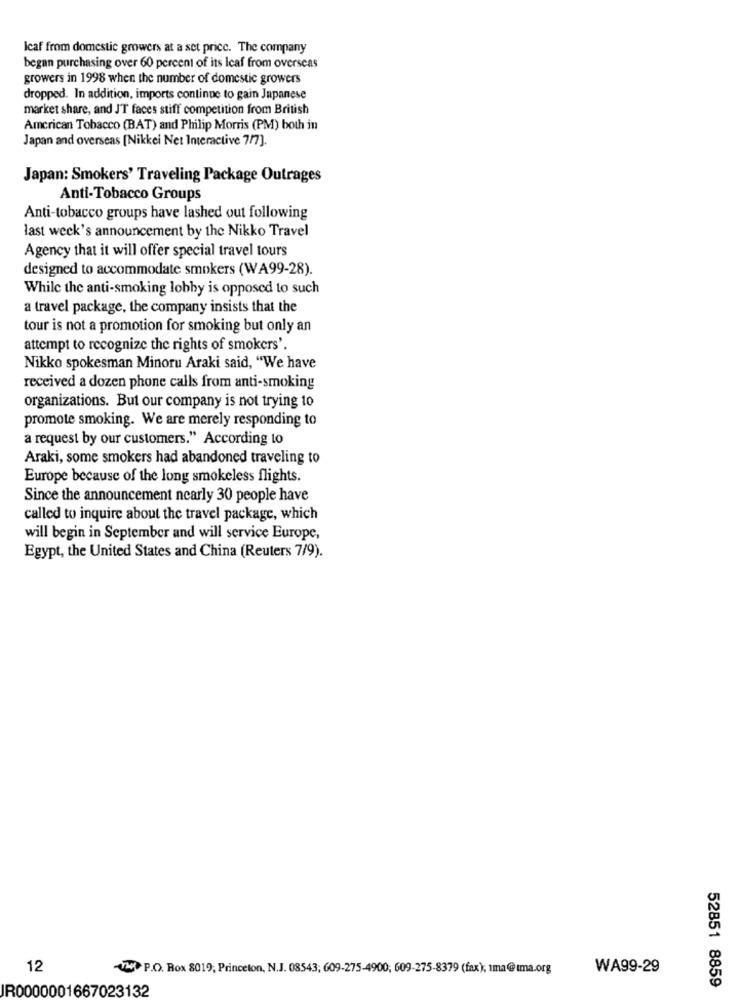
Icaf from domestic growers at a set price. The company
began purchasing over 60 percent of its Icaf from overseas
growers in 1998 when the number of domestic growers
dropped. In addition, imports continue to gain Japanese
market share, and J'T faces stiff competition from British
American Tobacco (BAT) and Philip Morris (PM) both in
Japan and overseas [Nikkei Net Interactive 7/7].
Japan: Smokers' Traveling Package Outrages
Anti-Tobacco Groups
Anti-tobacco groups have lashed out following
last week's announcement by the Nikko Travel
Agency that it will offer special travel tours
designed to accommodate smokers (WA99-28).
While the anti-smoking lobby is opposed to such
a travel package, the company insists that the
tour is not a promotion for smoking but only an
attempt to recognize the rights of smokers'.
Nikko spokesman Minoru Araki said, "We have
received a dozen phone calls from anti-smoking
organizations. But our company is not trying to
promote smoking. We are merely responding to
a request by our customers." According to
Araki, some smokers had abandoned traveling to
Europe because of the long smokeless flights.
Since the announcement nearly 30 people have
called to inquire about the travel package, which
will begin in September and will service Europe,
Egypt, the United States and China (Reuters 7/9).
12
-Vw P.O. Box 8019, Princeton, N.J. 08543; 609-275-4900, 609-275-8379 (fax), ıma@ıma.org
WA99-29
52851 8859
IR0000001667023132